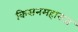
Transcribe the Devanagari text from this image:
किसनमहाराज